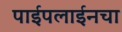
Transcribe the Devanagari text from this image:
पाईपलाईनचा